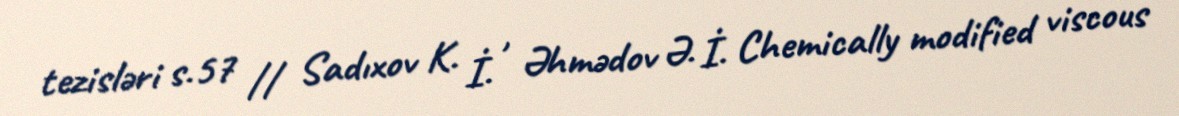
tezisləri s.57 // Sadıxov K. İ. , Əhmədov Ə. İ. Chemically modified viscous